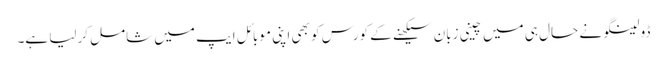
ڈولینگو نے حال ہی میں چینی زبان سیکھنے کے کورس کو بھی اپنی موبائل ایپ میں شامل کرلیا ہے۔